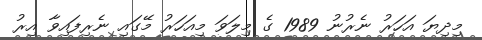
މިދިޔަ އަހަރު ނެރުނު 1989 ގެ މިލަވަ މިއަހަރު މޭގައި ނެރިފައިވާ އިރު